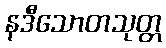
နဒီသောတသုတ္တ